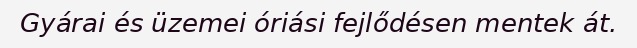
Gyárai és üzemei óriási fejlődésen mentek át.